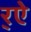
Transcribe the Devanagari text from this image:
र्‌ऐ